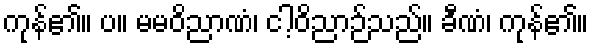
ကုန်၏။ ပ။ မမဝိညာဏံ၊ ငါ့ဝိညာဉ်သည်။ ခီဏံ၊ ကုန်၏။